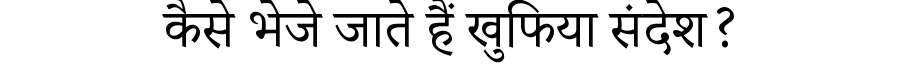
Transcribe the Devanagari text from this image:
कैसे भेजे जाते हैं खुफिया संदेश?